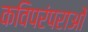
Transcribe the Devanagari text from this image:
कविपरंपराओं